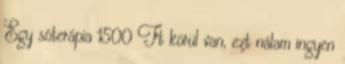
Egy sóterápia 1500 Ft körül van, ezt nálam ingyen